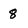
Character: 8